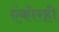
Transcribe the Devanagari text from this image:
एंकोरही